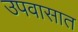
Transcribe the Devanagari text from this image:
उपवासात